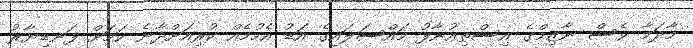
މާދަމާ ވެސް ނާޒިމްގެ އިސްތިއުނާފު މައްސަލައިގެ އަޑު އެހުމެއް ކުރިއަށްދާނެ ކަމަށް ފަނޑިޔާރު